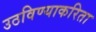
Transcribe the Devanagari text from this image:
उठविण्याकरिता